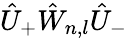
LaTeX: \hat{U}_{+}\hat{W}_{n,l}\hat{U}_{-}